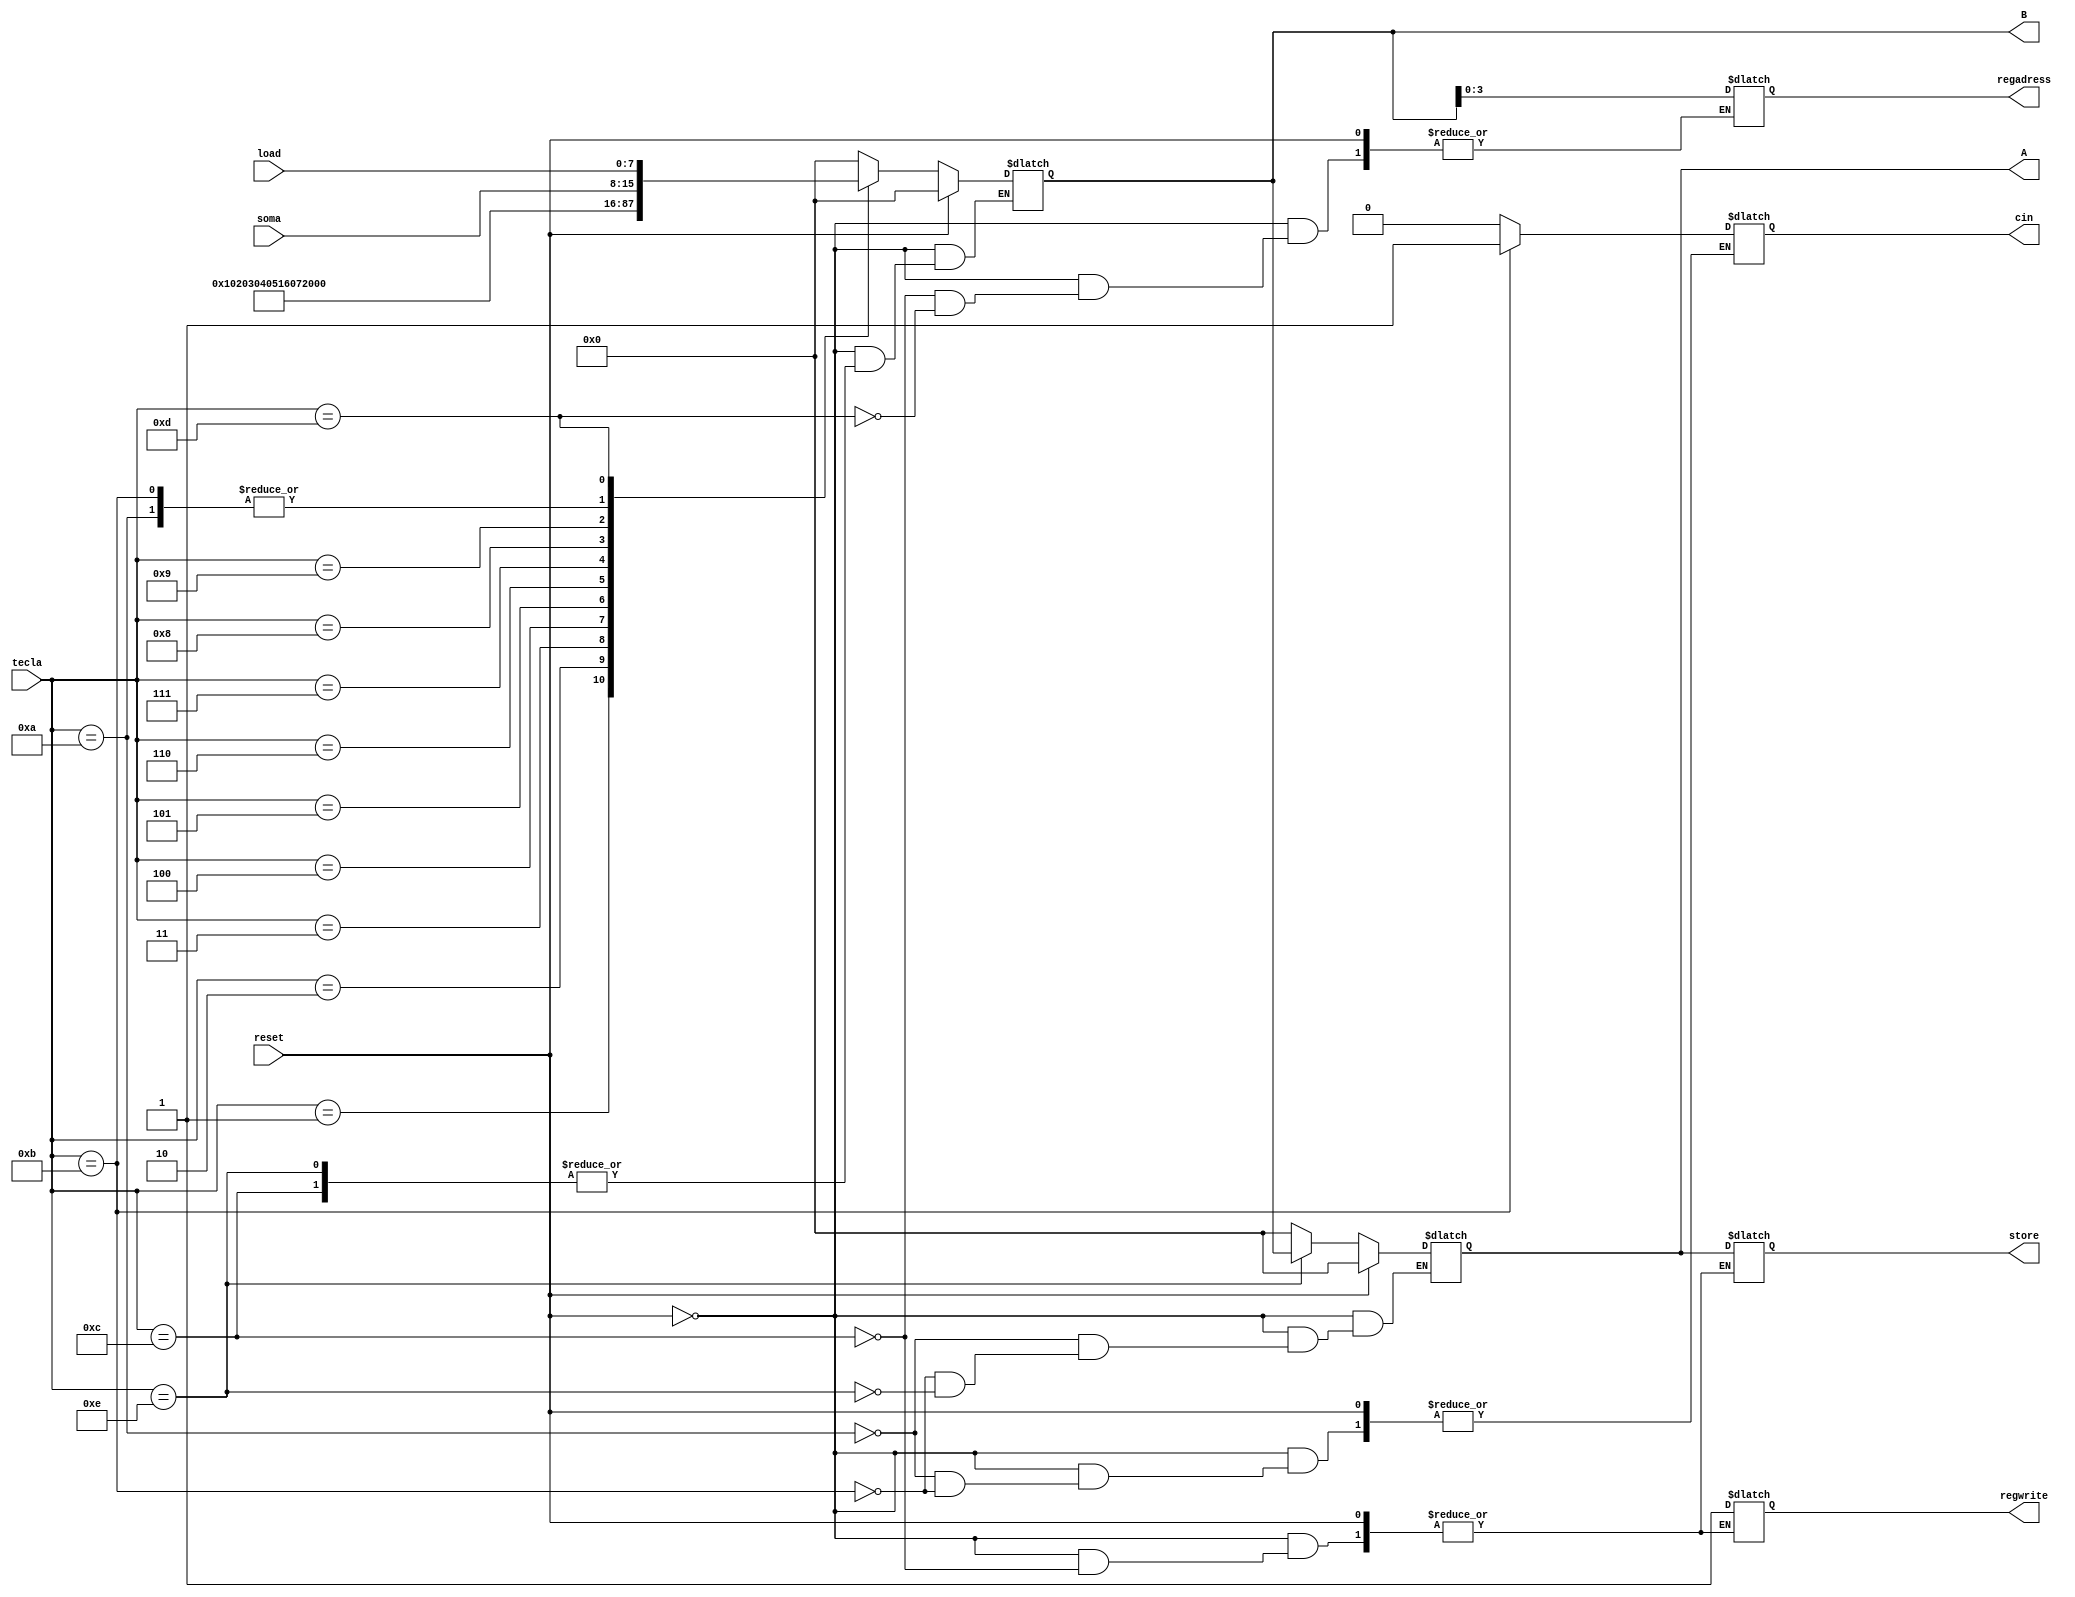
module control(
	input [3:0] tecla,
	input [7:0] load,
	input [7:0] soma,
	input reset,
	output [3:0] regadress,
	output [7:0] A,
	output [7:0] B,
	output regwrite,
	output cin,
	output [7:0] store
	); 
	
	always @(*) 
begin
	
	if(reset)
	begin
	A = 8'b000000000;
		B = 8'b000000000;
	end
	
	else
	begin
		case(tecla)
			4'b0000 : B = 8'b00000000; 
			4'b0001 : B = 8'b00000001;
			4'b0010 : B = 8'b00000010; 
			4'b0011 : B = 8'b00000011; 
			4'b0100 : B = 8'b00000100; 
			4'b0101 : B = 8'b00000101; 
			4'b0110 : B = 8'b00010110; 
			4'b0111 : B = 8'b00000111; 
			4'b1000 : B = 8'b00011000; 
			4'b1001 : B = 8'b00001001;
			
			4'b1010 : begin //soma
			cin = 0;
			B = soma;
			A = 8'b00000000;
			end
			
			4'b1011 : begin //sub
			cin = 1;
			B = soma;
			A = 8'b00000000;
			end
			
			4'b1100 : begin //store
			regwrite = 1;
			regadress = B;
			store = A;
			end
			
			4'b1101 : begin //load
			regadress = B;
			B = load;
			end
			
			4'b1110 : begin //enter
			A = B;
			end
			default : B = 8'b00000000;
		endcase;
	end

end


endmodule